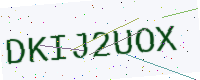
Text: DKIJ2UOX